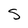
Character: S